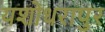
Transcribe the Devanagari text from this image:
यशोधरापुर